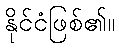
နိုင်ငံဖြစ်၏။